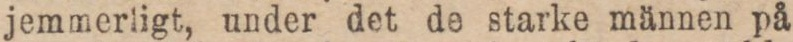
jemmerligt, under det de starke männen på